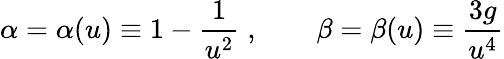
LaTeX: \alpha=\alpha(u)\equiv 1-\frac{1}{u^{2}}\; ,\qquad\beta=\beta(u)\equiv\frac{3g}{u^{4}}